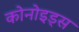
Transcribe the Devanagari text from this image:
कोनोइड्स